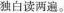
独白读两遍。